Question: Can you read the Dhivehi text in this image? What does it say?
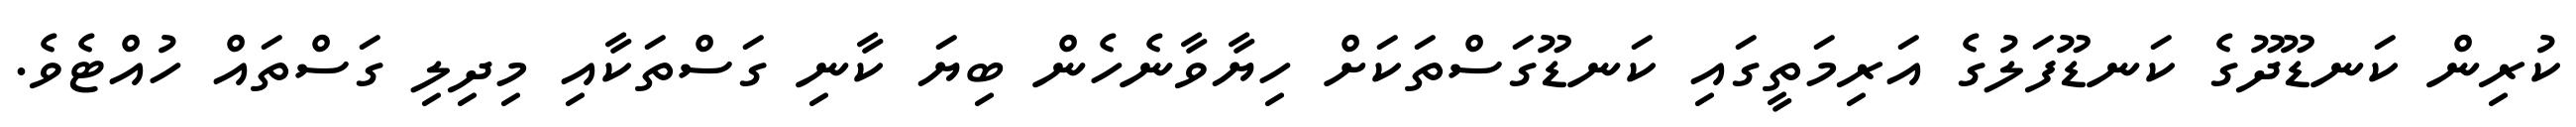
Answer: ކުރިން ކަނޑޫދޫގެ ކަނޑޫފަލުގެ އަރިމަތީގައި ކަނޑޫގަސްތަކަށް ހިޔާވާނެހެން ބިޔަ ކާނި ގަސްތަކާއި މިދިލި ގަސްތައް ހުއްޓެވެ.